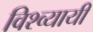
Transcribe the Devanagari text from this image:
विश्व्यायी